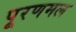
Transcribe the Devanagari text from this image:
पूरणमल